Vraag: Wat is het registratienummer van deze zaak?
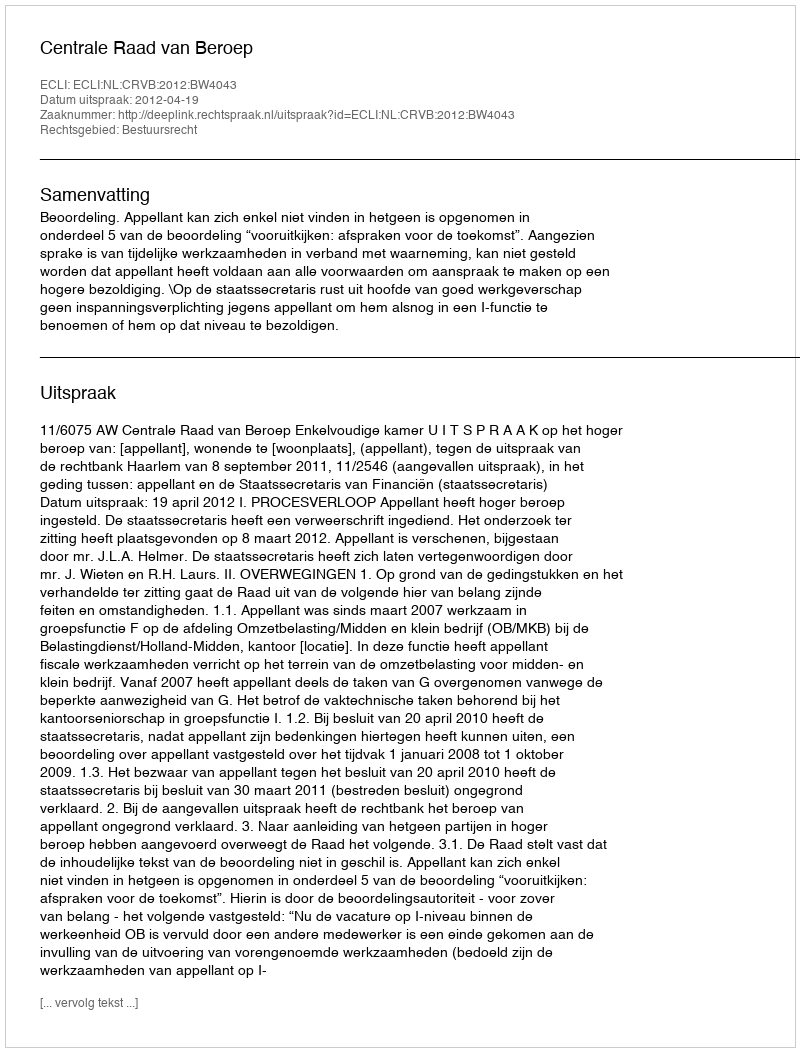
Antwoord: http://deeplink.rechtspraak.nl/uitspraak?id=ECLI:NL:CRVB:2012:BW4043